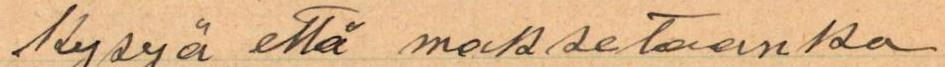
kysyä että maksetaanko